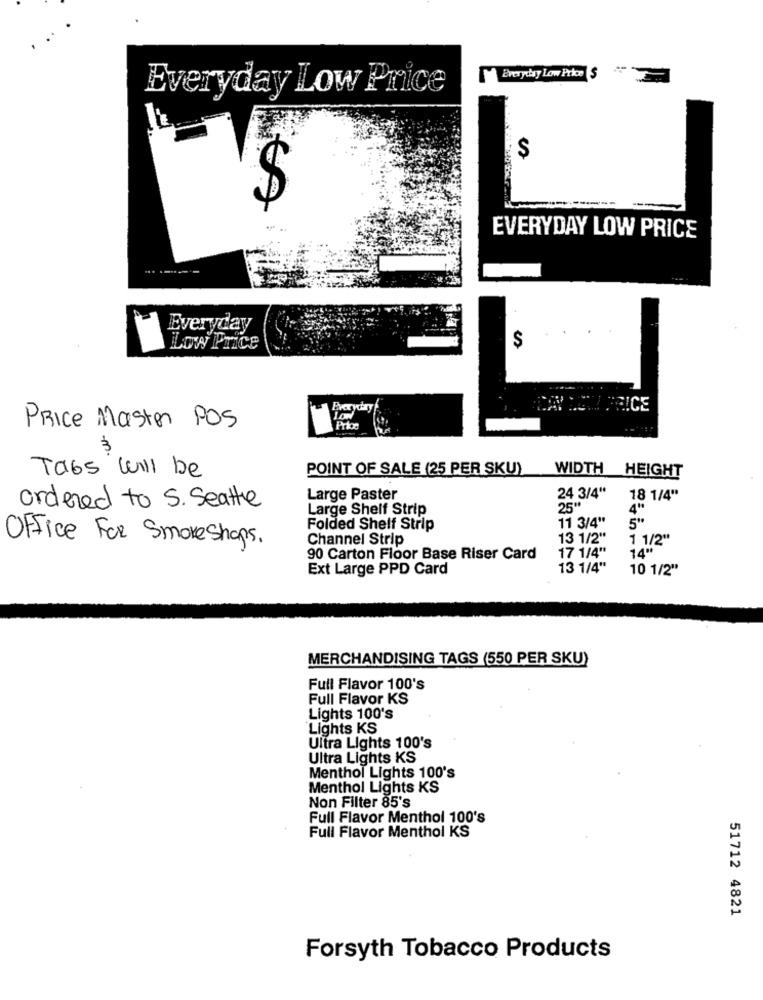
Everyday Low Price $
Everyday Low Price
S
---
EVERYDAY LOW PRICE
Everyday
$
DAS PRICE
Low
PRICE Master POS
Tabs Will be
POINT OF SALE (25 PER SKU)
WIDTH HEIGHT
24 3/4"
Large Paster
18 1/4"
ordered to S. Seathe
Large Shelf Strip
25"
4"
11 3/4"
5"
Folded Shelf Strip
Office For Smokeshops.
Channel Strip
13 1/2"
1 1/2"
17 1/4"
1400
90 Carton Floor Base Riser Card
Ext Large PPD Card
13 1/4"
10 1/2"
MERCHANDISING TAGS (550 PER SKU)
Full Flavor 100's
Full Flavor KS
Lights 100's
Lights KS
Ultra Lights 100's
Ultra Lights KS
Menthol Lights 100's
Menthol Lights KS
Non Filter 85's
Full Flavor Menthol 100's
Full Flavor Menthol KS
51712 4821
Forsyth Tobacco Products